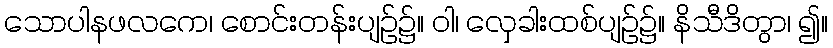
သောပါနဖလကေ၊ စောင်းတန်းပျဉ်၌။ ဝါ၊ လှေခါးထစ်ပျဉ်၌။ နိသီဒိတွာ၊ ၍။